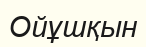
Ойұшқын